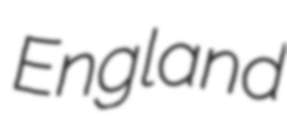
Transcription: England